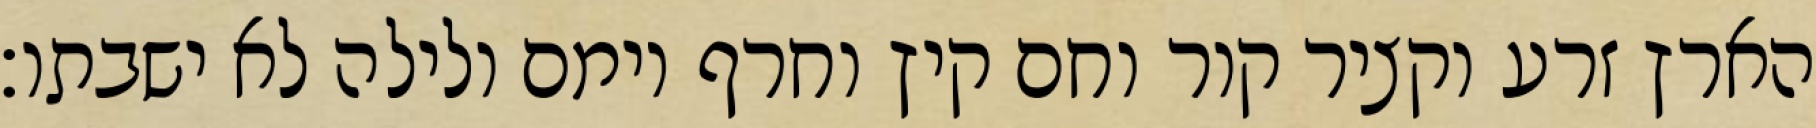
הארץ זרע וקציר קור וחם קיץ וחרף יומם ולילה לא ישבתו׃